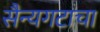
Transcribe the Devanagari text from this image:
सैन्यगटाचा